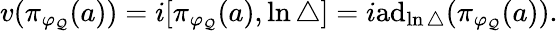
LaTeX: v(\pi_{\varphi_{\mathcal{Q}}}(a))=i[\pi_{\varphi_{\mathcal{Q}}}(a),\ln\bigtriangleup]=i\mathrm{{a}}\mathrm{{d}}_{\ln\bigtriangleup}(\pi_{\varphi_{\mathcal{Q}}}(a)).